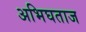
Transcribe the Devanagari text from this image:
अभिघताज